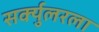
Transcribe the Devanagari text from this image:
सर्क्युलरला